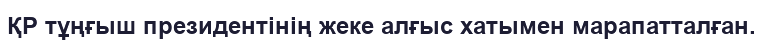
ҚР тұңғыш президентінің жеке алғыс хатымен марапатталған.